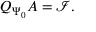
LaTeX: Q _ { \Psi _ { 0 } } A = \mathcal { I } .